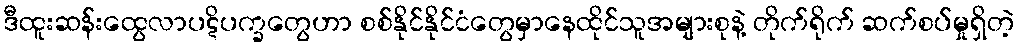
ဒီထူးဆန်းထွေလာပဋိပက္ခတွေဟာ စစ်နိုင်နိုင်ငံတွေမှာနေထိုင်သူအများစုနဲ့ တိုက်ရိုက် ဆက်စပ်မှုရှိတဲ့